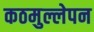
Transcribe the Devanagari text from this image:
कठमुल्लेपन